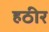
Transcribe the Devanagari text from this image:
हठीर